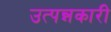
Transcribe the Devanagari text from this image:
उत्पन्नकारी